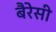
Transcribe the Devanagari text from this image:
बैरेसी